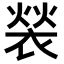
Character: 𬡤